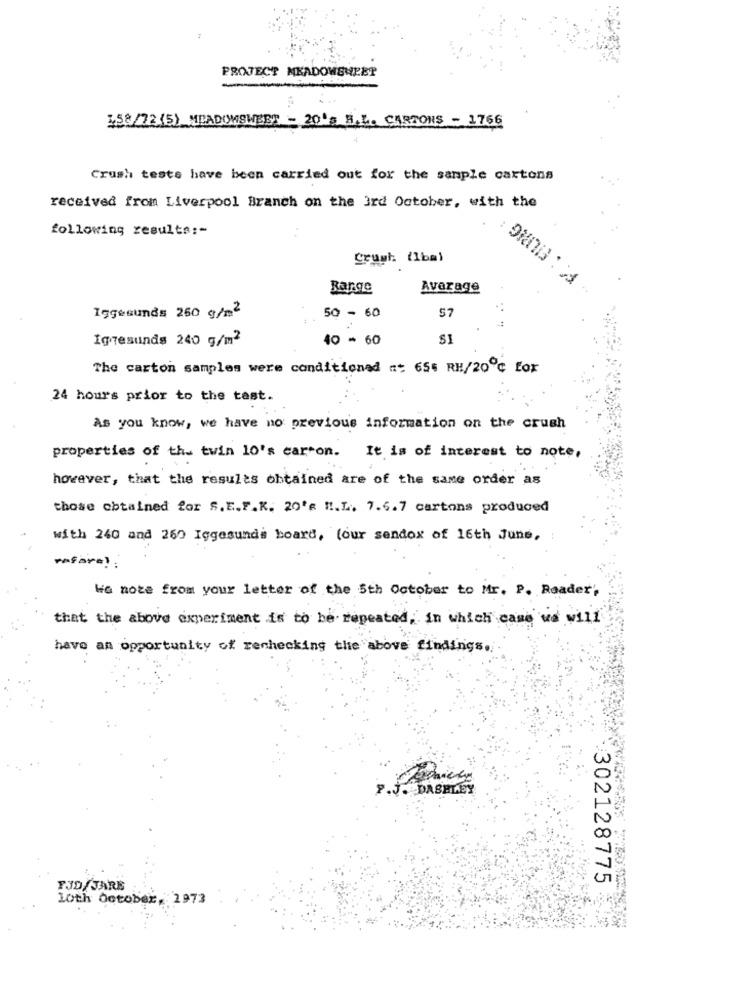
PROJECT MEADOWSWEET
158/72(5) MEADOMSWEET - 20's HAL. CARTONS - 1766
Crush teste have been carried out for the sample cartons
received from Liverpool Branch on the 3rd October, with the
following results :-
Crush (lbml
Barge
Average
Iggesunds 260 g/m2
57
50 - 60
Igresunds 240 g/m2
40 - 60
SI
The carton samples were conditioned at 654 RE/20℃ fox
24 hours prior to the test.
As you know, we have no previous information on the crush
properties of the twin 10's carron. It is of interest to note,
however, that the results obtained are of the same order as
those obtained for S.E.F.K. 20's " !. L. 7.6.7 cartons produced
with 240 and 260 Iggesunds board, (our sendox of 16th June,
vafora! :
We note from your letter of the 5th October to Mr. P. Roader,
that the above experiment is to be repeated, in which case we will
have an opportunity of rechecking the above findings.
P.J. DASHLEY
302128775
FJD JARE
Loth October, 1973